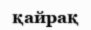
қайрақ